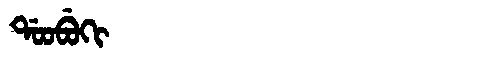
Manchu: ᡩᠣᠣᠪᡠᡴᡳ
Romanization: DOOBUKI